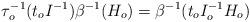
LaTeX: \begin{align*}\tau_o^{-1}(t_o I^{-1}) \beta^{-1}(H_o) = \beta^{-1}(t_o I_o^{-1}H_o)\end{align*}